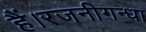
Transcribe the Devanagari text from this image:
हैं।रजनीगन्धा